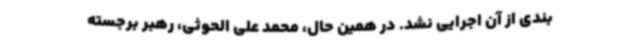
بندی از آن اجرایی نشد. در همین حال، محمد علی الحوثی، رهبر برجسته